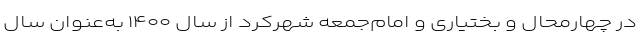
در چهارمحال و بختیاری و امام‌جمعه شهرکرد از سال ۱۴۰۰ به‌عنوان سال